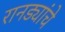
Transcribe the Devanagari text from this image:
रानड्यांचे